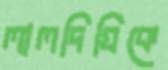
লালদিঘিকে